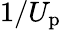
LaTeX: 1/U_{\mathrm{p}}